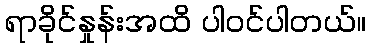
ရာခိုင်နှုန်းအထိ ပါဝင်ပါတယ်။